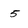
Character: 5